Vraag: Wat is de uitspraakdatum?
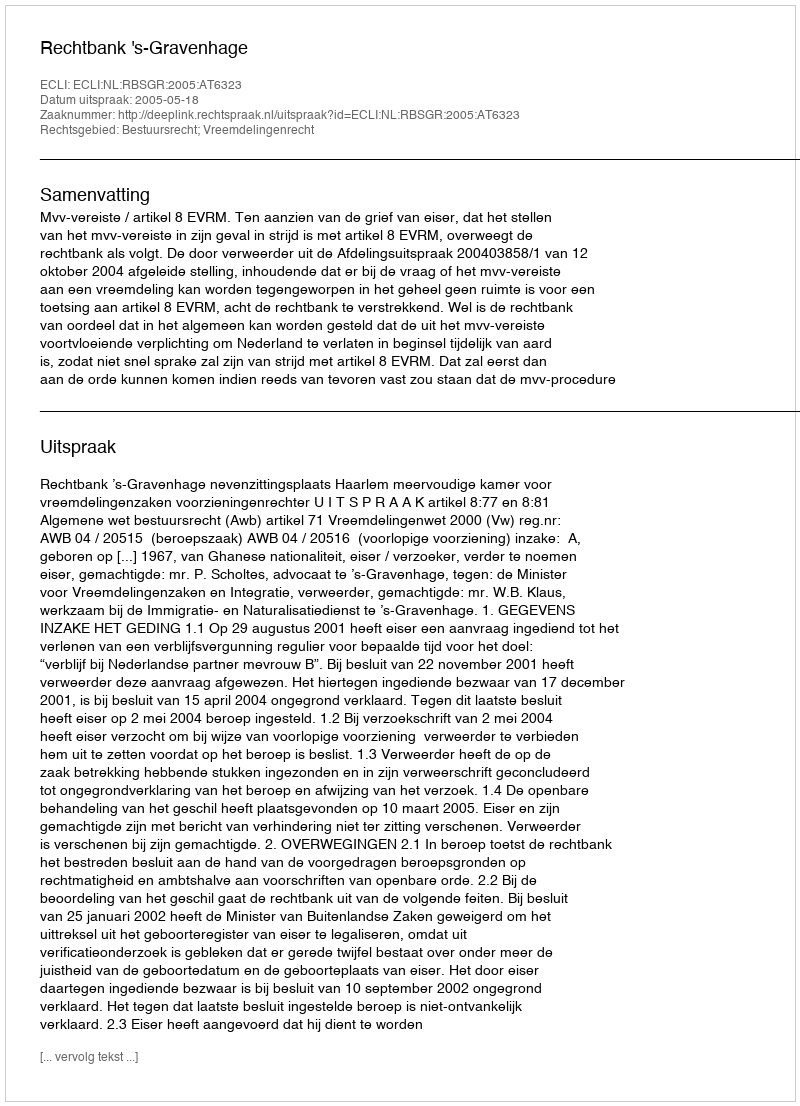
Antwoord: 2005-05-18